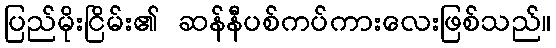
ပြည်မိုးငြိမ်း၏ ဆန်နီပစ်ကပ်ကားလေးဖြစ်သည်။